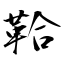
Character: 鞈